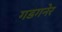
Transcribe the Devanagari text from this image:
गडगनेर